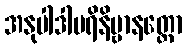
အနုပါဒါပရိနိဗ္ဗာနတ္ထော